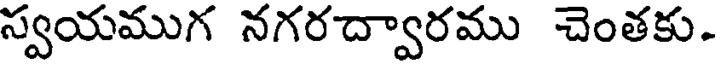
స్వయముగ నగరద్వారము చెంతకు.